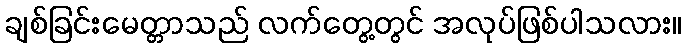
ချစ်ခြင်းမေတ္တာသည် လက်တွေ့တွင် အလုပ်ဖြစ်ပါသလား။